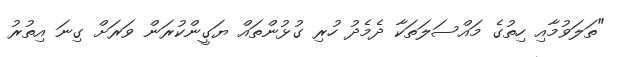
"ތަލަވުމާއި ހިތުގެ މައްސަލަތަކާ ދެމެދު ހުރި ގުޅުންތައް ޔަގީންކުރަން ވަރަށް ގިނަ އިތުރު